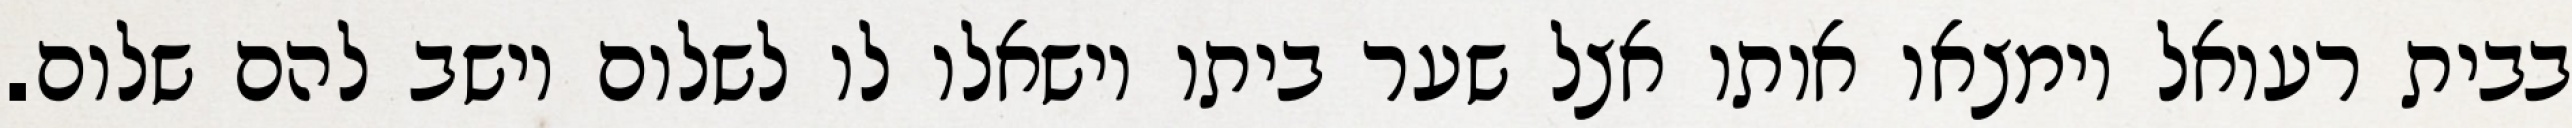
בבית רעואל וימצאו אותו אצל שער ביתו וישאלו לו לשלום וישב להם שלום.